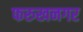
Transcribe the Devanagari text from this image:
फरुखनगर